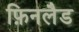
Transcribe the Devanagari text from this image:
फ़िनलैड